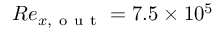
R e _ { x , \mathrm { ~ o ~ u ~ t ~ } } = 7 . 5 \times 1 0 ^ { 5 }